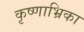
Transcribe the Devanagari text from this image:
कृष्णाभ्रिका